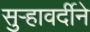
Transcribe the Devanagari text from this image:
सुर्‍हावर्दीने